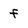
Character: f